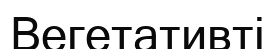
Вегетативті